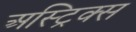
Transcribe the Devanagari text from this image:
अस्ट्रिक्स